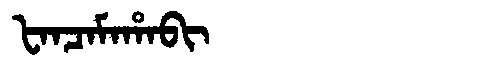
Manchu: ᡶᠠᠨᠴᠠᠮᠠᡥᠠᠪᡳ
Romanization: FANCAMAHABI